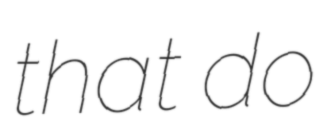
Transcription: that do